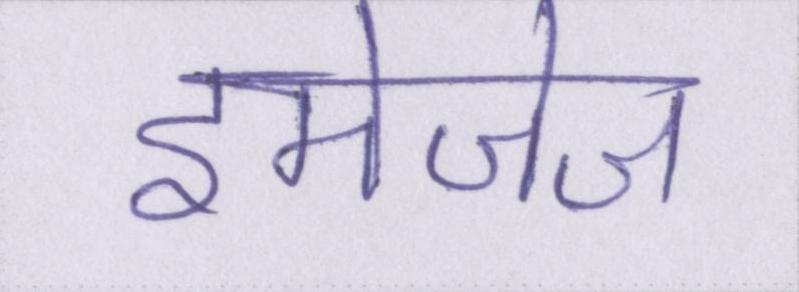
इमेजेज